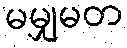
မမျှမတ